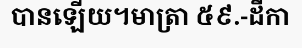
បានឡើយ។មាត្រា ៥៩.-ដីកា